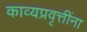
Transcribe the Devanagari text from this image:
काव्यप्रवृत्तींना